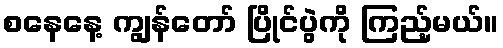
စနေနေ့ ကျွန်တော် ပြိုင်ပွဲကို ကြည့်မယ်။